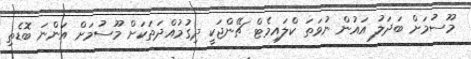
މޫސުމަށް ބަދަލު އައުން ނުވަތަ ކްލައިމެޓް ޗޭންޖަކީ ދިގުމުއްދަތަކަށް މޫސުމަށް އަންނަ ބޮޑެތި